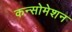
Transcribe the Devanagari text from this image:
कन्सोमेशन